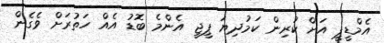
އެމްޑީޕީ އަށް ކުރިން ކަމުދިޔަ ޕީޖީ އެންމެ ބޮޑު އެއް ހަތުރަށް ވެގެން